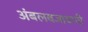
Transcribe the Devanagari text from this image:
अंबलबजावणी